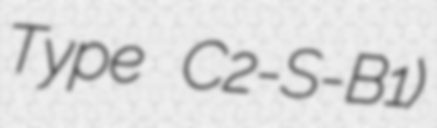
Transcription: Type C2-S-B1)